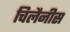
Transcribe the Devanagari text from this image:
चिलैनीस